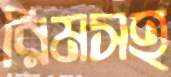
রিমসহ